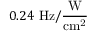
0 . 2 4 ~ \mathrm { H z / \frac { W } { c m ^ { 2 } } }